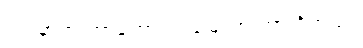
ရှေ့မှာက တာဟောင်း၊ မြေသားတာ ရှိတယ်။